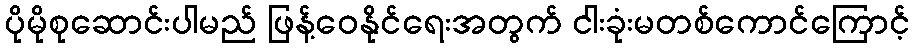
ပိုမိုစုဆောင်းပါမည် ဖြန့်ဝေနိုင်ရေးအတွက် ငါးခုံးမတစ်ကောင်ကြောင့်